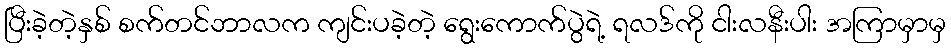
ပြီးခဲ့တဲ့နှစ် စက်တင်ဘာလက ကျင်းပခဲ့တဲ့ ရွေးကောက်ပွဲရဲ့ ရလဒ်ကို ငါးလနီးပါး အကြာမှာမှ